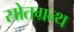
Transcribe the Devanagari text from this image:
स्रोतग्रन्थ